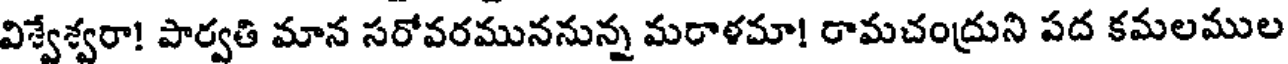
విశ్వేశ్వరా! పార్వతి మాన సరోవరముననున్న మరాళమా! రామచంద్రుని పద కమలముల